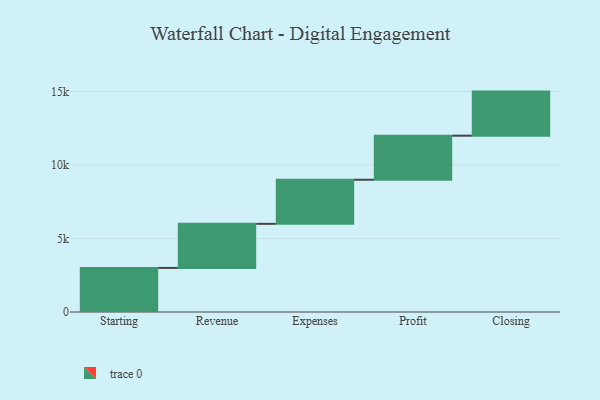
{"axis": {"x": "Step", "y": "Value"}, "legend": [""], "data": [{"x": "Starting", "y": 3000, "type": ""}, {"x": "Revenue", "y": 3000, "type": ""}, {"x": "Expenses", "y": 3000, "type": ""}, {"x": "Profit", "y": 3000, "type": ""}, {"x": "Closing", "y": 3000, "type": ""}]}